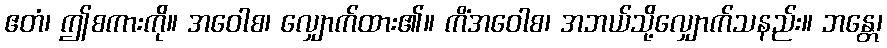
ဧတံ၊ ဤစကားကို။ အဝေါစ၊ လျှောက်ထား၏။ ကိံအဝေါစ၊ အဘယ်သို့လျှောက်သနည်း။ ဘန္တေ၊